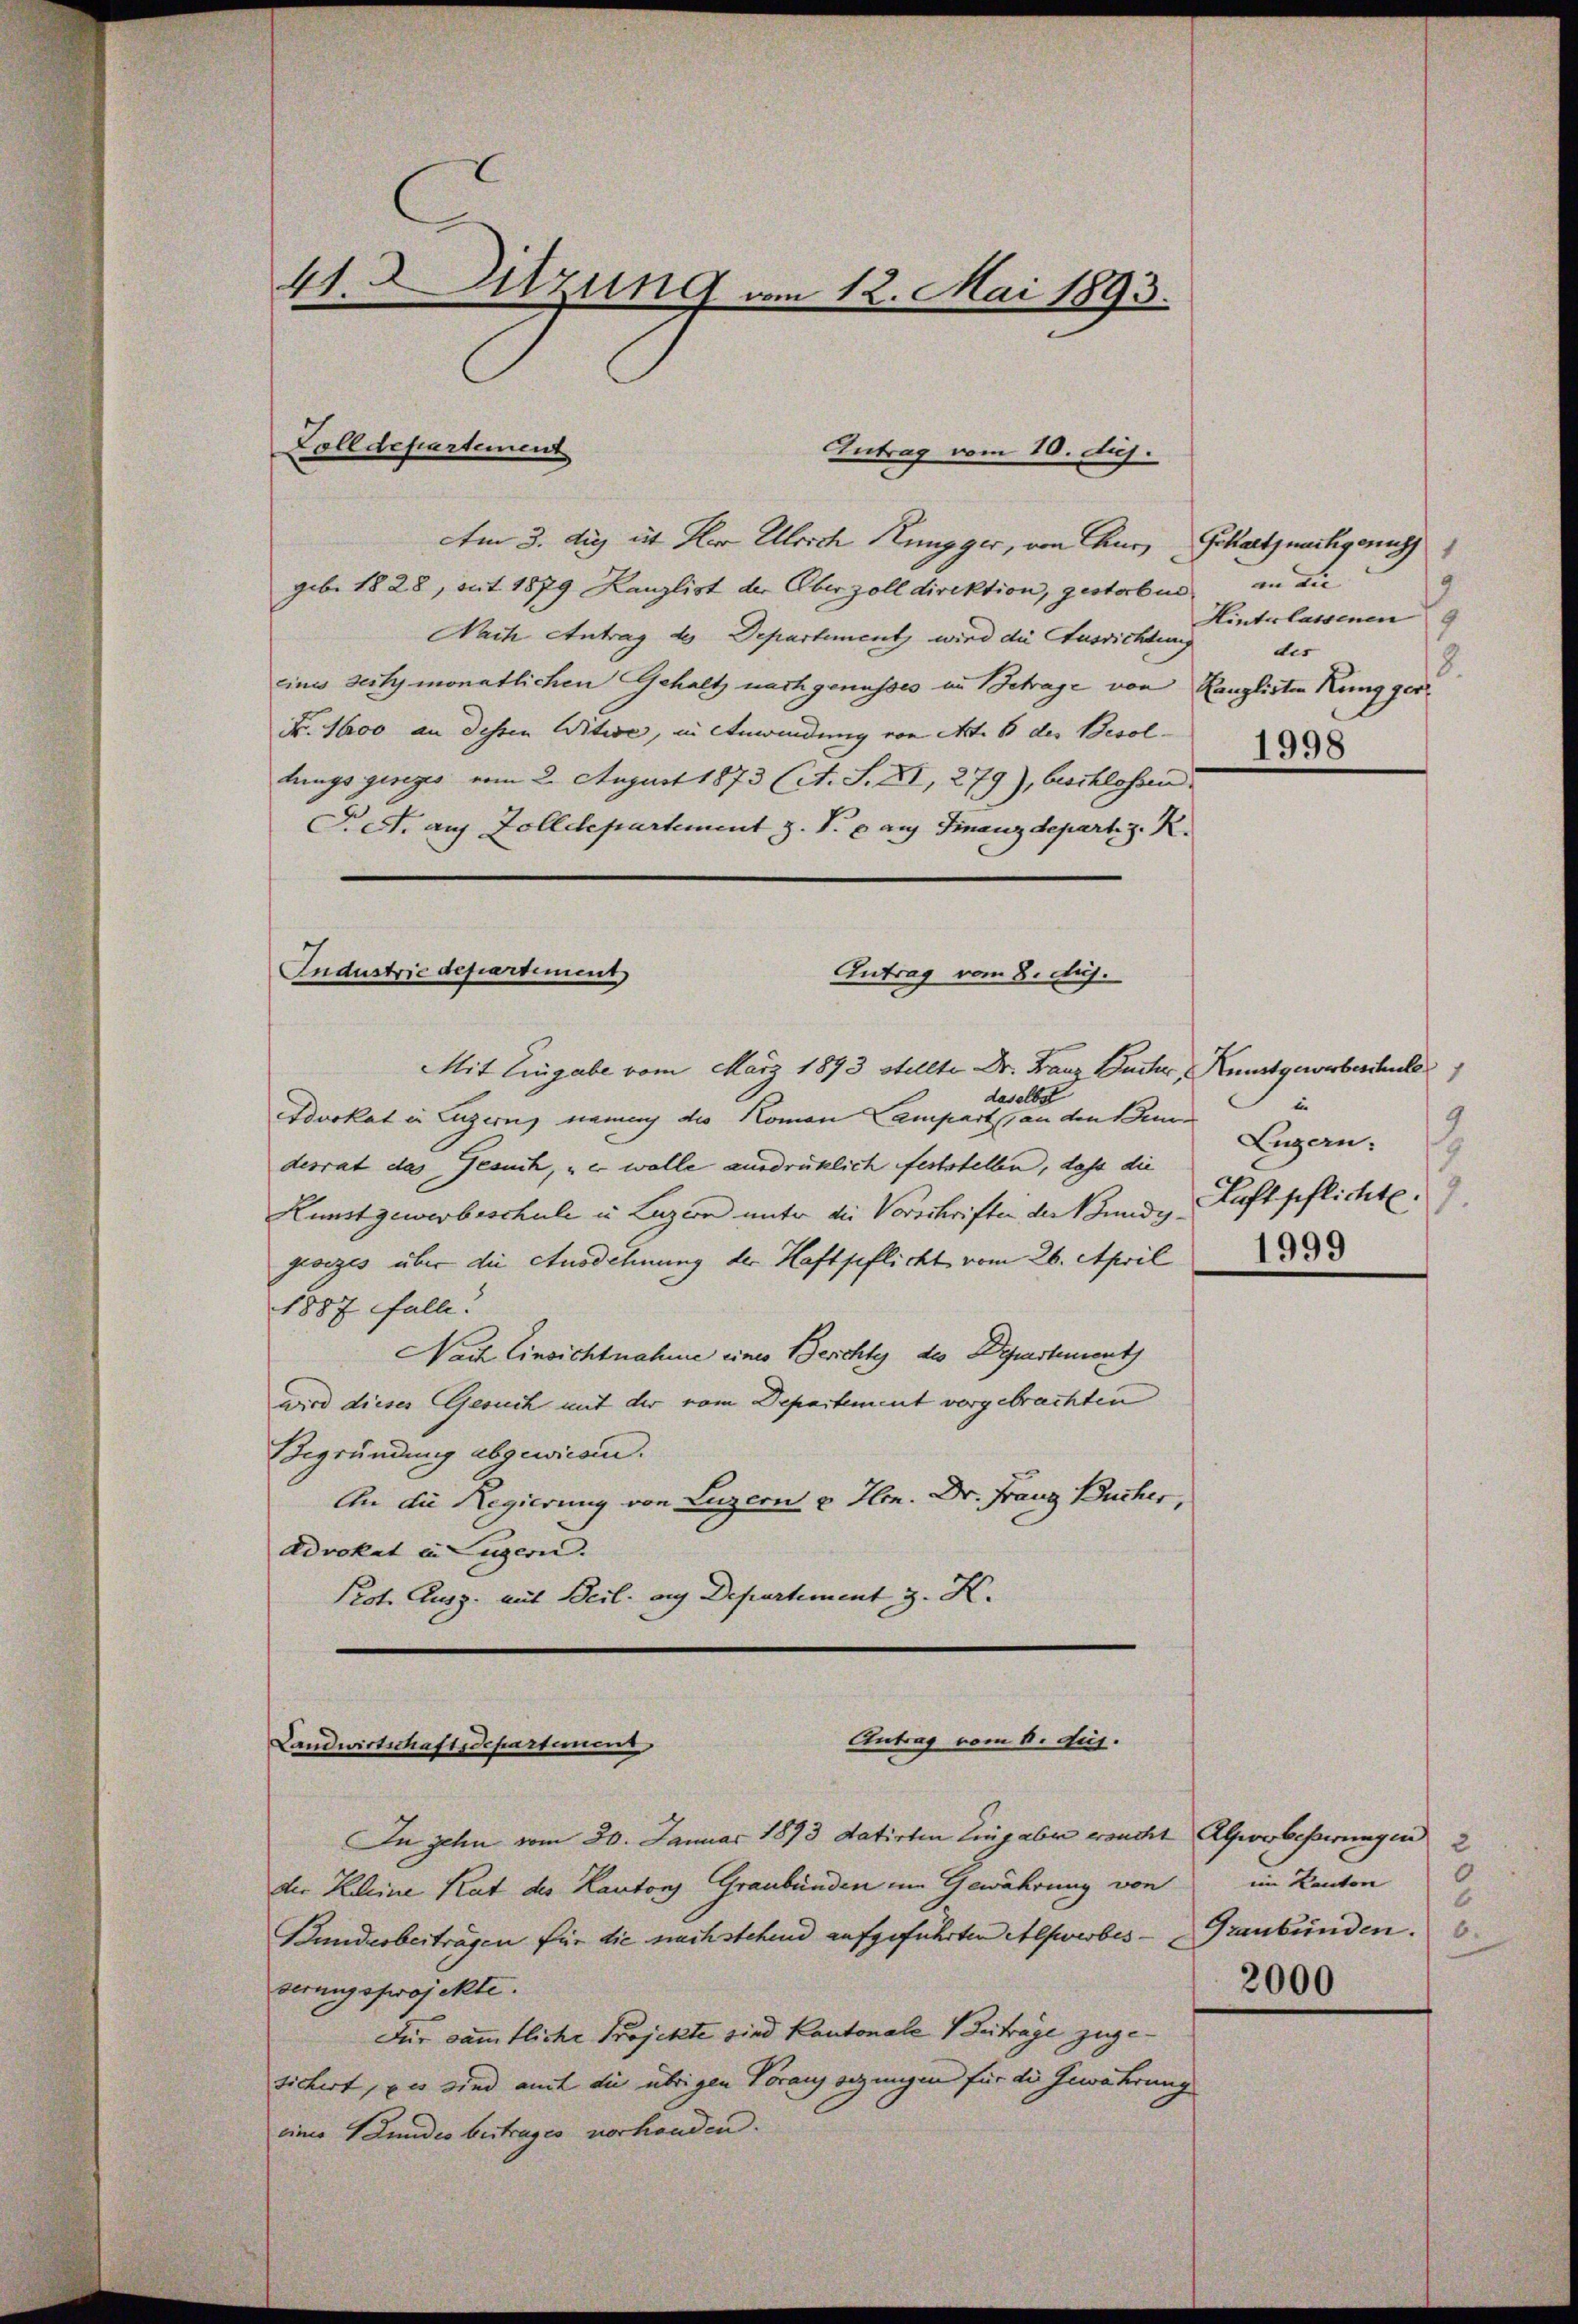
41. Sitzung vom 12. Mai 1893.

Am 3. dus ut Her Ulrich Küngger, von Curs
geb. 1828, mit 1879 Kanzlist der Oberzoll direktion, gestorbus
Nach Antrag des Departement wird die Aussichtung
eines seity monatlichen Gehaltz nachgenusses in Betrage von Kanzlisten Küng ger
Fr. 1600 an dessen Witwe, in Anwendung von Art. 6 des Besollungs gereges vom 2. August 1873 (s. S. XI, 279), beschlossen
Pett. auf Zolldepartement z. S. 6 auf Finanzdepart. z. R.

Colldepartement

Antrag vom 10. huj.

Industrie departement
Antrag vom 8. huj.

Mit Eingabe vom März 1893 stellte Dr. Facher, Kugerbeschule
s
daselbs
Advokat in Luzern, namen die Komen Campart an den Bun
desrat das Gesuch, er wolle ausdrücklich feststellen, daß die Luzern.
Kunstgewerbeschule in Luzern unter die Vorschriften der Bunde Luftpflichte.
geoizes über die Ausdehnung der Haftpflicht vom 26. April
1887 Falle!
Nach Einsichtnahme eines Berchte des Departement
wird dieses Gesuch mit der vom Departement vorgebrachten
Begründung abgewiesen.
An die Regierung von Luzern u Hrn. Dr. Franz Bucher,
Advokat in Luzern.
Prot. Ausg. mit Beil. aus Departement z. K.

Antrag vom 6. Jus
Landwirtschaftsdepartemen

In zehn vom 30. Januar 1893 datirten Ling aber ersucht Alpwobepirungen 2
der Kleine Rat des Kantons Graubünden im Gewährung von im Kanton
Bunderberträgen für die nachstehend aufgeführten Alfwerbes - Graubünden.
serungsprojekte.
Für sämmtliche Projekte sind Kantonale Beitrage zugesichert, es sind mit die übrigen Voraus setzungen für die Gewährung
einer Stundes beitrages vorhanden.

Schaltznachgenuss
1
in die
3
Hinterlassenen
f
dis
18.
1998

1
i
1.
1999

6
2000